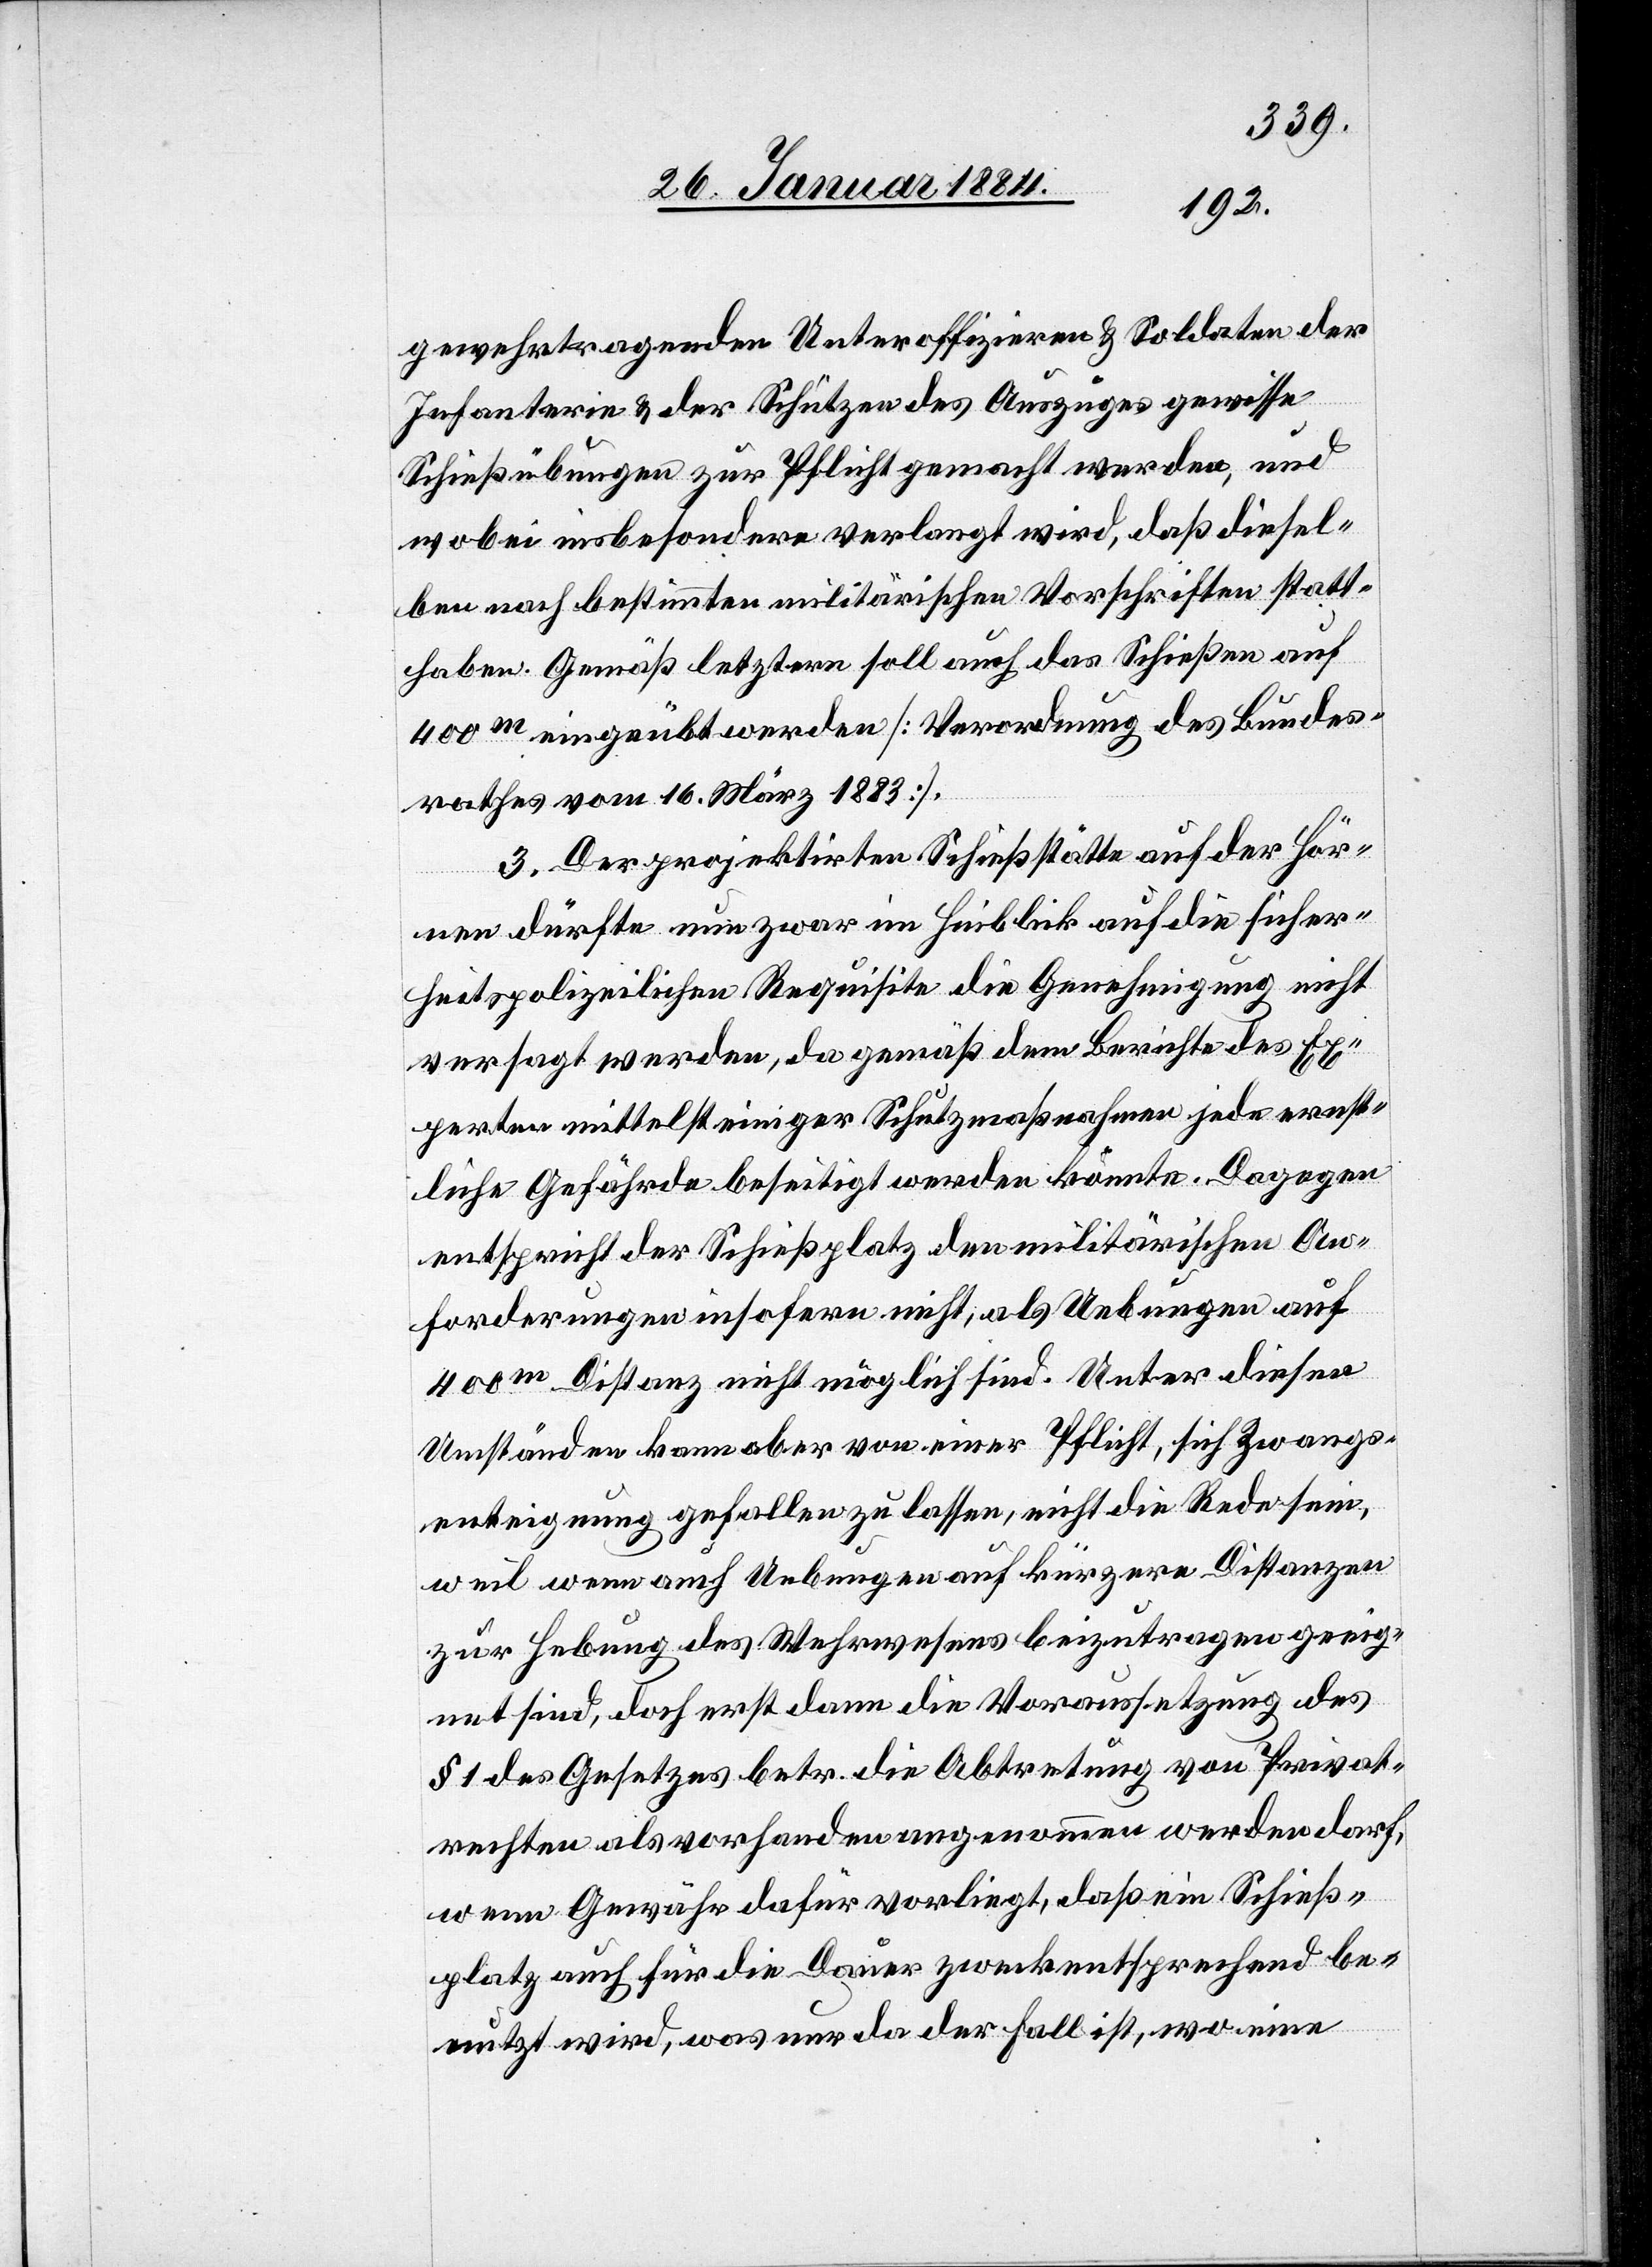
gewehrtragenden Unteroffizieren & Soldaten der
Infanterie & den Schützen des Auszuges gewisse
Schießübungen zur Pflicht gemacht werden, und
wobei insbesondere verlangt wird, daß diesel¬
ben nach bestimmten militärischen Vorschriften statt¬
haben. Gemäß letztern soll auch das Schießen auf
400m eingeübt werden [Verordnung des Bundes¬
rathes vom 16. März 1883].
3. Der projektirten Schießstätte auf der Hör¬
nen dürfte nun zwar im Hinblick auf die sicher¬
heitspolizeilichen Requisite die Genehmigung nicht
versagt werden, da gemäß dem Berichte des Ex¬
perten mittelst einiger Schutzmaßnahmen jede ernst¬
liche Gefährde [sic!] beseitigt werden könnte. Dagegen
entspricht der Schießplatz den militärischen An¬
forderungen insofern nicht, als Uebungen auf
400m Distanz nicht möglich sind. Unter diesen
Umständen kann aber von einer Pflicht, sich Zwangs¬
enteignung gefallen zu lassen, nicht die Rede sein,
weil wenn auch Uebungen auf kürzere Distanzen
zu Erhebung des Wehrwesens beizutragen geeig¬
net sind, doch erst dann die Voraussetzung des
§ 1 des Gesetzes betr. die Abtretung von Privat¬
rechten als vorhanden angenommen werden darf,
wenn Gewähr dafür vorliegt, daß ein Schieß¬
platz auch für die Dauer zweckentsprechend be¬
nutzt wird, was nur da der Fall ist, wo eine